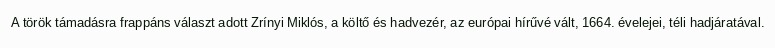
A török támadásra frappáns választ adott Zrínyi Miklós, a költő és hadvezér, az európai hírűvé vált, 1664. évelejei, téli hadjáratával.